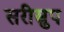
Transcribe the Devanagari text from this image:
सरीस्रुप